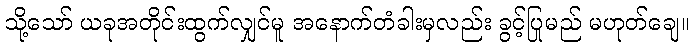
သို့သော် ယခုအတိုင်းထွက်လျှင်မူ အနောက်တံခါးမှလည်း ခွင့်ပြုမည် မဟုတ်ချေ။